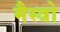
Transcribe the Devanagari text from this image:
मैस्त्रो